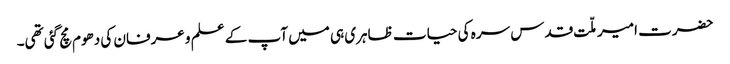
حضرت امیر ملّت قدس سرہ کی حیات ظاہری ہی میں آپ کے علم و عرفان کی دھوم مچ گئی تھی۔